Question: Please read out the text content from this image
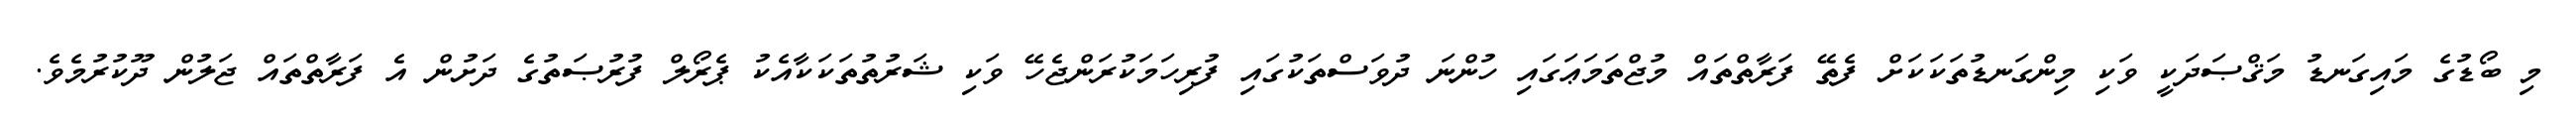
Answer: މި ބޯޑުގެ މައިގަނޑު މަޤްޞަދަކީ ވަކި މިންގަނޑުތަކަކަށް ފެތޭ ފަރާތްތައް މުޖްތަމަޢަގައި ހުންނަ ދުވަސްތަކުގައި ފުރިހަމަކުރަންޖެހޭ ވަކި ޝަރުތުތަކަކާއެކު ޕެރޯލް ފުރުޞަތުގެ ދަށުން އެ ފަރާތްތައް ޖަލުން ދޫކުރުމެވެ.